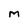
Character: M